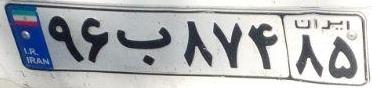
۹۶ب۸۷۴۸۵